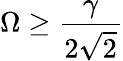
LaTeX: \Omega\geq\frac{\gamma}{2\sqrt{2}}